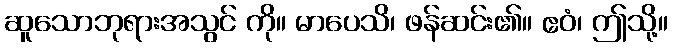
ဆူသောဘုရားအသွင် ကို။ မာပေသိ၊ ဖန်ဆင်း၏။ ဧဝံ၊ ဤသို့။